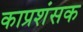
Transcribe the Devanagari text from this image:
काप्रशंसक